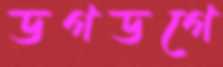
ডগডগে